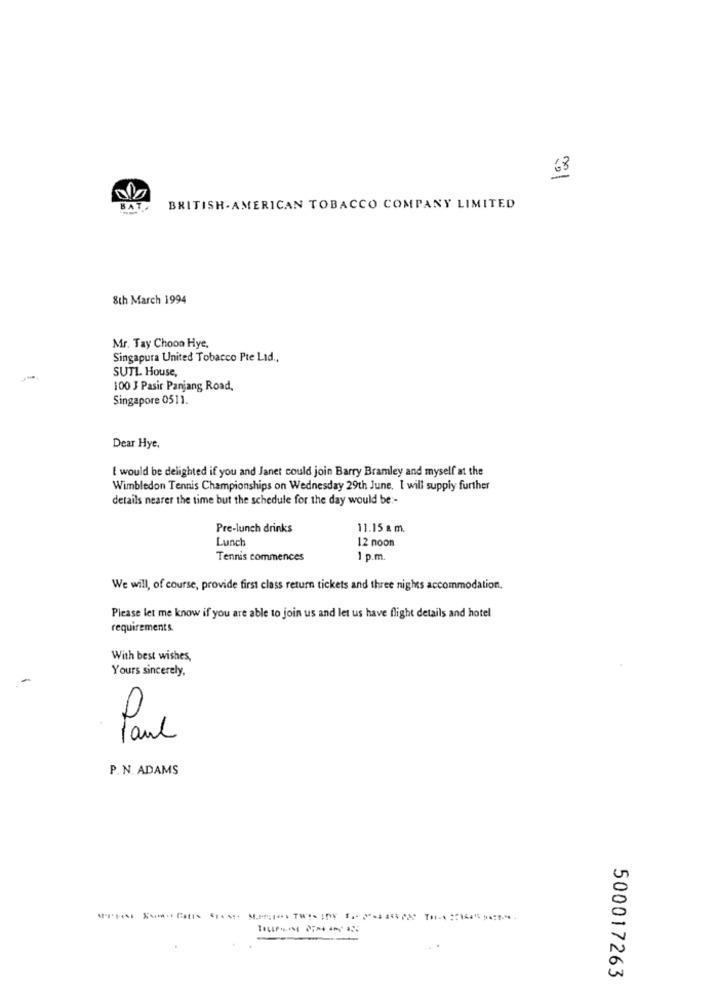
63
BAT.
BRITISH AMERICAN TOBACCO COMPANY LIMITED
8th March 1994
Mr. Tay Choon Hye,
Singapura United Tobacco Pte Lad ..
SUTL House,
100 J Pasir Panjang Road,
Singapore 0511.
Dear Hye.
I would be delighted if you and Janet could join Barry Bramley and myself at the
Wimbledon Tennis Championships on Wednesday 29th June. I will supply further
details nearer the time but the schedule for the day would be :-
Pre-lunch drinks
11.15 a m.
Lunch
12 noon
Tennis commences
1 p.m.
We will, of course, provide first class return tickets and three nights accommodation,
Please let me know if you are able to join us and let us have flight details and hotel
requirements
With best wishes,
Yours sincerely,
Paul
P. N. ADAMS
-
500017263